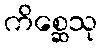
ကိစ္ဆေသု